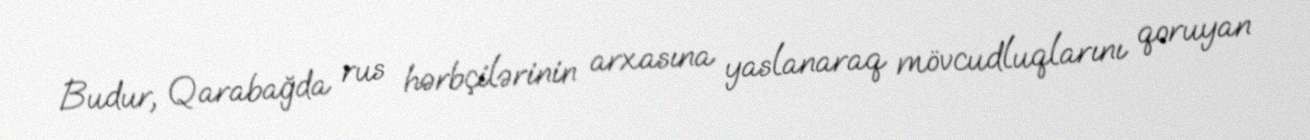
Budur, Qarabağda rus hərbçilərinin arxasına yaslanaraq mövcudluqlarını qoruyan